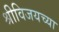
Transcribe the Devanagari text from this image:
श्रीविजयच्या